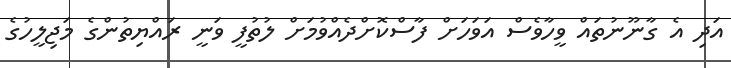
އަދި އެ ގާނޫނުތައް ވީހާވެސް އަވަހަށް ފާސްކޮށްދެއްވުމަށް ލުތުފީ ވަނީ ރައްޔިތުންގެ މަޖިލީހުގެ